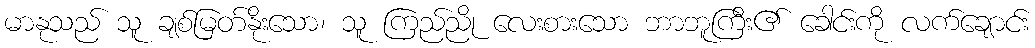
မာနုသည် သူ ချစ်မြတ်နိုးသော၊ သူ ကြည်ညို လေးစားသော ဘာဘူကြီး၏ ခေါင်းကို လက်ချောင်း